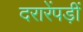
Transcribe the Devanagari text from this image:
दरारेंपड़ीं